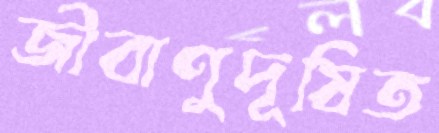
জীবাণুদূষিত